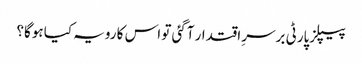
پیپلزپارٹی برسرِ اقتدار آگئی تو اس کا رویہ کیا ہوگا؟